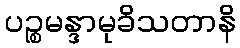
ပဉ္စမန္ဒာမုခိသတာနိ